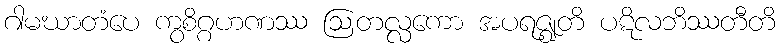
ဂါမဃာတံပေ ကွစိဂ္ဂဟဏဿ ဩတလ္လကော အပရဇ္ဈတိ ပဋိလဘိဿတီတိ